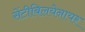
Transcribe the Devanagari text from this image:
सेंटीबिलयेनायर